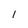
Character: l